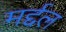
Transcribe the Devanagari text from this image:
मर्द्दल